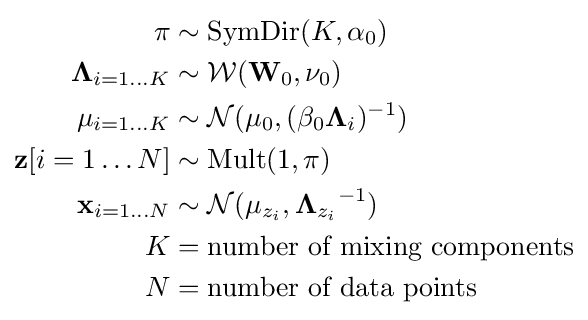
{\begin{aligned}\mathbf {\pi } &\sim \operatorname {SymDir} (K,\alpha _{0})\\\mathbf {\Lambda } _{i=1\dots K}&\sim {\mathcal {W}}(\mathbf {W} _{0},\nu _{0})\\\mathbf {\mu } _{i=1\dots K}&\sim {\mathcal {N}}(\mathbf {\mu } _{0},(\beta _{0}\mathbf {\Lambda } _{i})^{-1})\\\mathbf {z} [i=1\dots N]&\sim \operatorname {Mult} (1,\mathbf {\pi } )\\\mathbf {x} _{i=1\dots N}&\sim {\mathcal {N}}(\mathbf {\mu } _{z_{i}},{\mathbf {\Lambda } _{z_{i}}}^{-1})\\K&={\text{number of mixing components}}\\N&={\text{number of data points}}\end{aligned}}